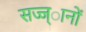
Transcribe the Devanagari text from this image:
सज्ज्ानों